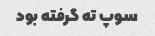
سوپ ته گرفته بود